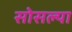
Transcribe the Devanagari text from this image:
सोसल्या